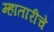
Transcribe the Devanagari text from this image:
म्हातारीचे